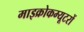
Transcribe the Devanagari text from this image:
माइक्रोकम्यूटरों